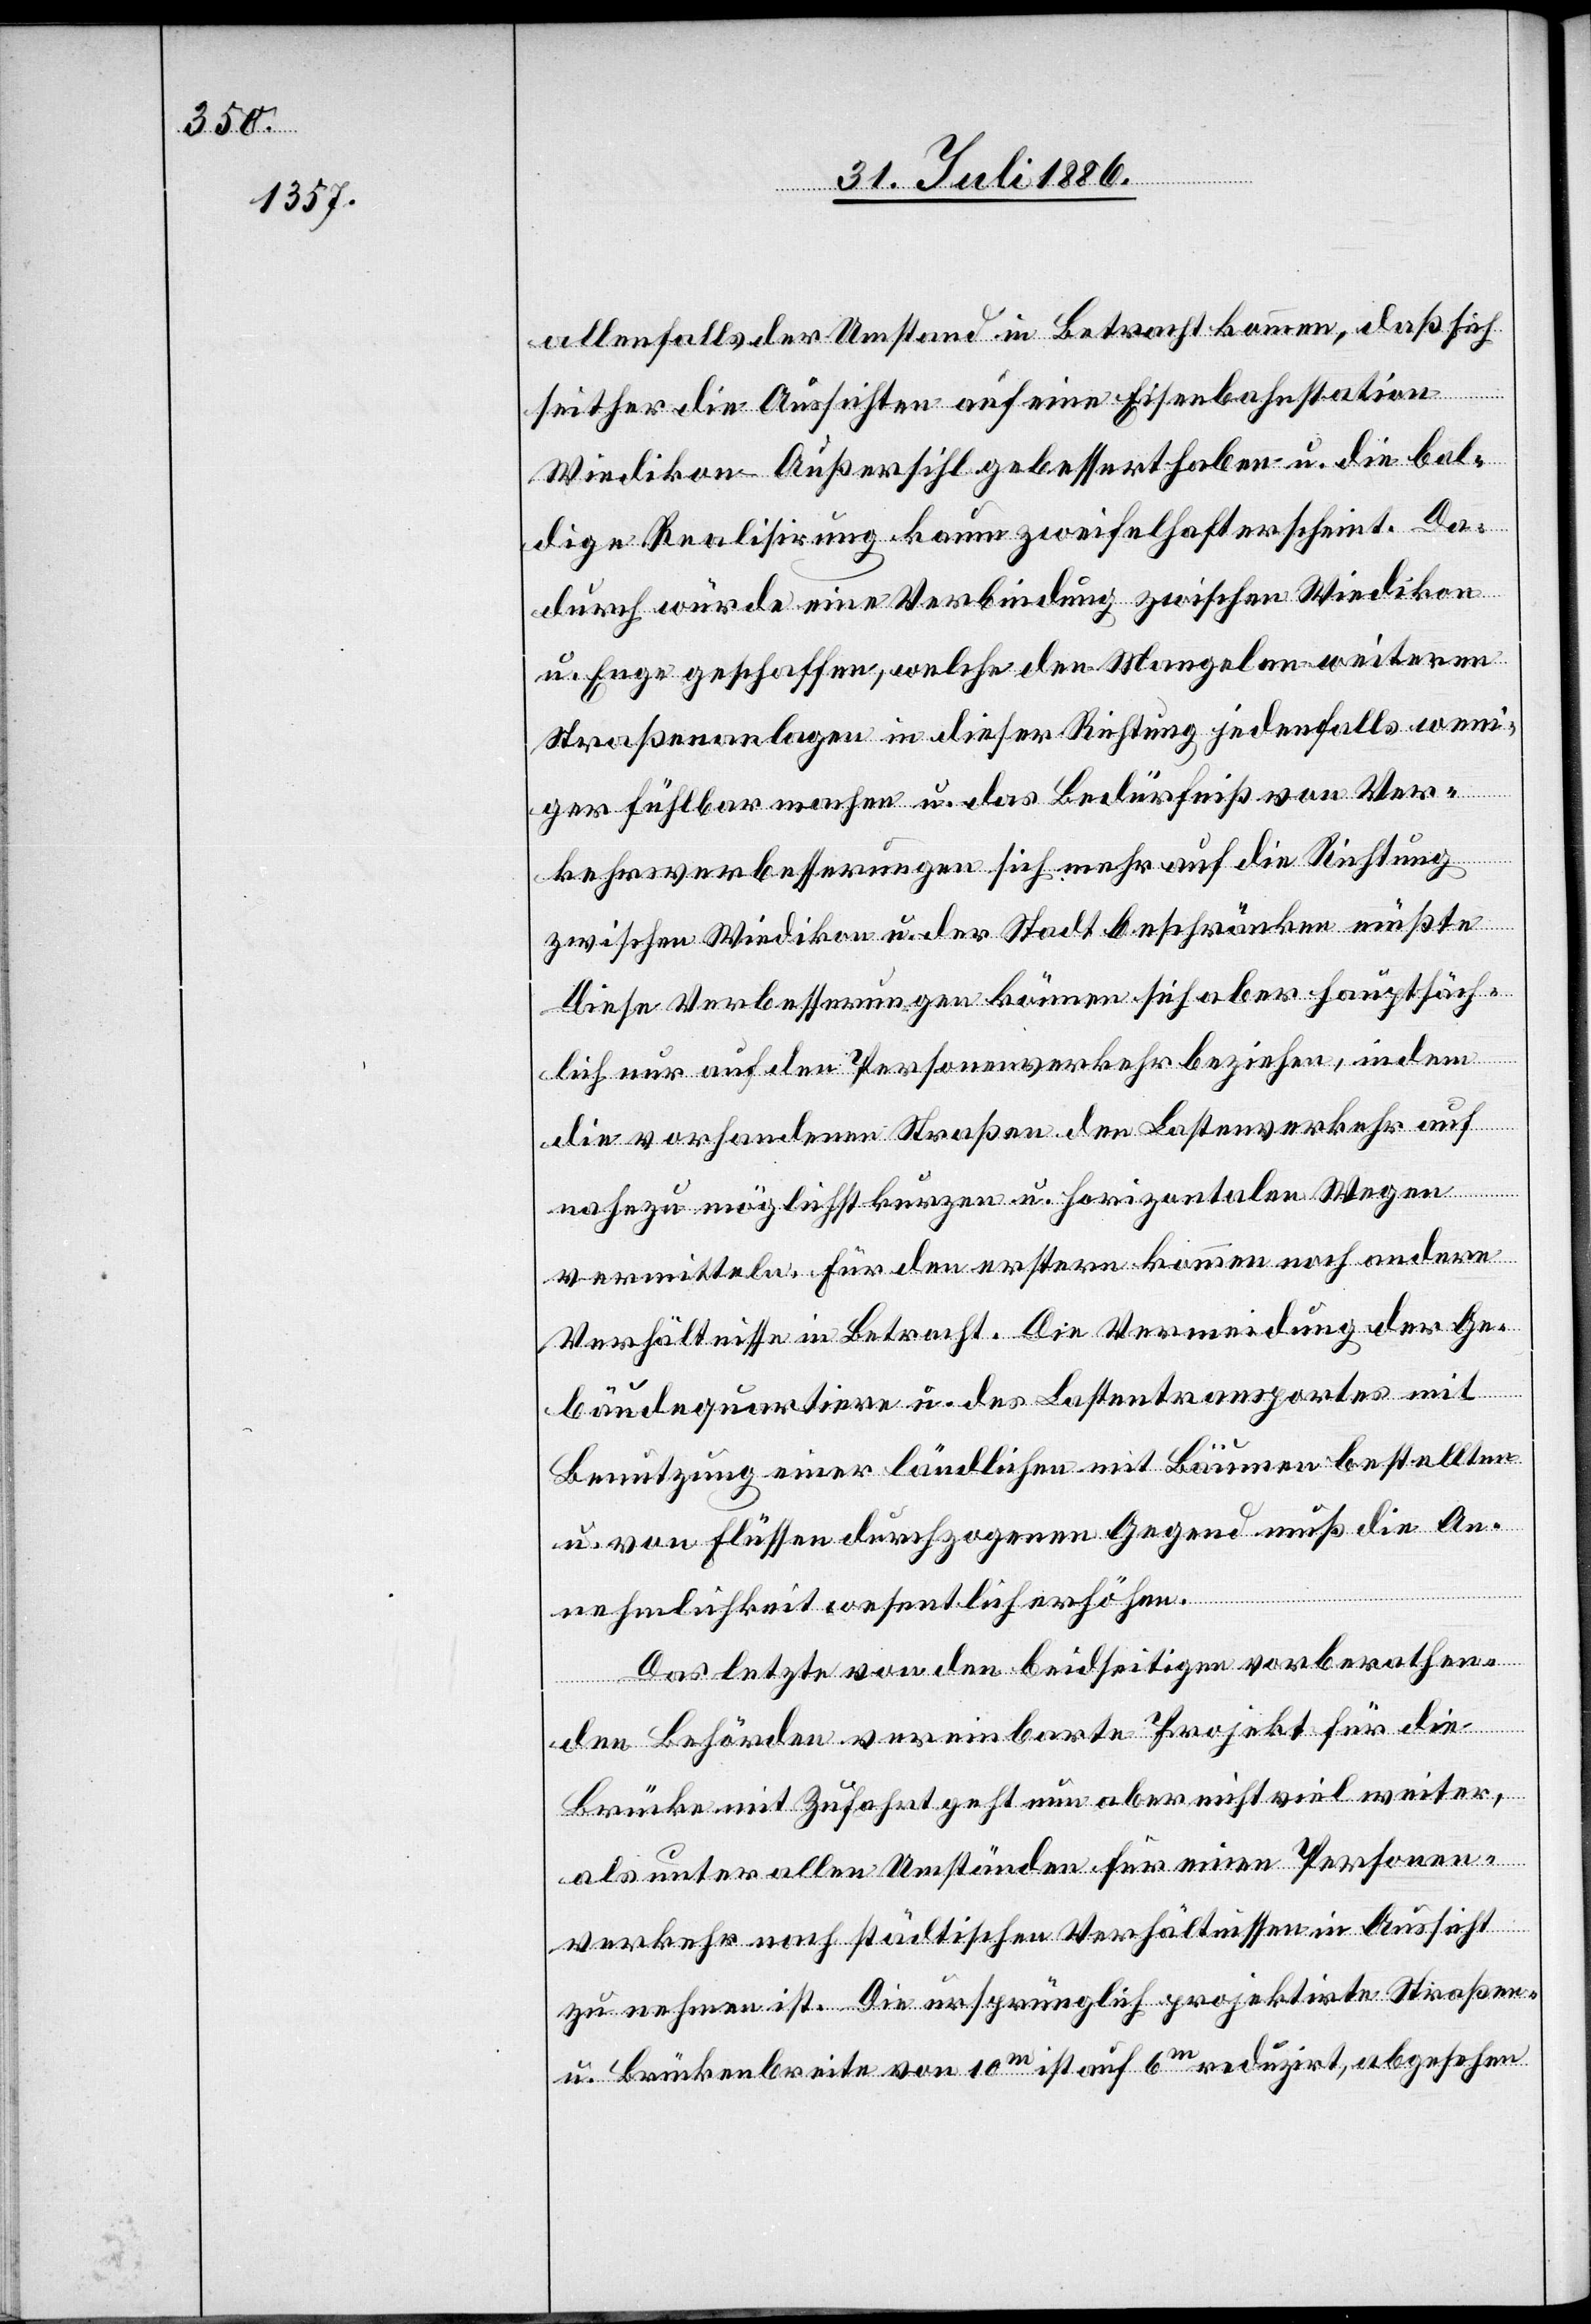
allenfalls der Umstand in Betracht kommen, daß sich
seither die Aussichten auf eine Eisenbahnstation
Wiedikon–Außersihl gebessert haben u. die bal¬
dige Realisirung kaum zweifelhaft erscheint. Da¬
durch würde eine Verbindung zwischen Wiedikon
u. Enge geschaffen, welche den Mangel an weiteren
Straßenanlagen in dieser Richtung jedenfalls weni¬
ger fühlbar machen u. das Bedürfniß von Ver¬
kehrsverbesserungen sich mehr auf die Richtung
zwischen Wiedikon u. der Stadt beschränken müßte[.]
Diese Verbesserungen können sich aber hauptsäch¬
lich nur auf den Personenverkehr beziehen, indem
die vorhandenen Straßen den Lastenverkehr auf
nahezu möglichst kurzen u. horizontalen Wegen
vermitteln. Für den erstern kommen noch andere
Verhältnisse in betracht. Die Vermeidung der Ge¬
bäudequartiere u. des Lastentransportes mit
Benutzung einer ländlichen mit Bäumen bestellten
u. von Flüssen durchzogenen Gegend muß die An¬
nehmlichkeit wesentlich erhöhen.
Das letzte von den beidseitigen vorberathen¬
den Behörden vereinbarte Projekt für die
Brücke mit Zufahrt geht nun aber nicht viel weiter,
als unter allen Umständen für einen Personen¬
verkehr nach städtischen Verhältnissen in Aussicht
zu nehmen ist. Die ursprünglich projektirte Straßen-
u. Brückenbreite von 10m ist auf 6m reduzirt, abgesehen